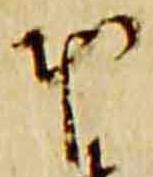
本